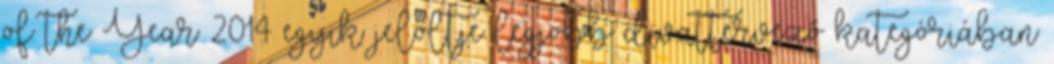
of the Year 2014 egyik jelöltje legjobb divattervező kategóriában